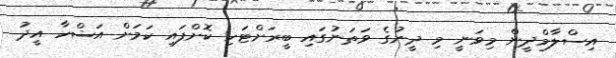
އިސްލާމްދީން މިވަނީ މި ދީނުގެ ވަތަނުގައި ބީރަށްޓަހި ކޮށްފައި ކަމަށް އަޟްހާ އީދު